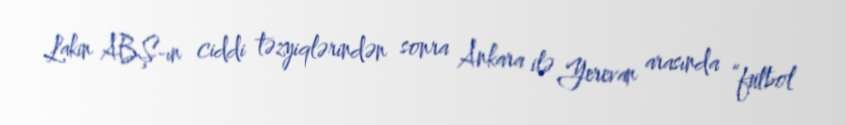
Lakin ABŞ-ın ciddi təzyiqlərindən sonra Ankara ilə Yerevan arasında “futbol